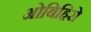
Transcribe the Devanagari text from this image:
ओबिहिरो